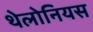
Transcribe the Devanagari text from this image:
थेलोनियस